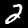
Label: 2